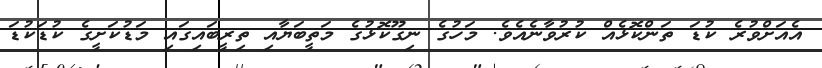
އެއަށްވުރެ ކުޑަ ތަންކޮޅެއް ކުރުވާނެއެވެ. މަހުގެ ނިގޫކޮޅުގެ މަތީބަޔާއި ތިރީބައިގައި މަޑުކަށީގެ ކުޑަކުޑަ